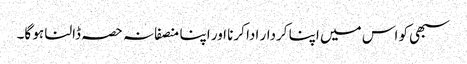
سبھی کو اس میں اپنا کردار ادا کرنا اور اپنا منصفانہ حصہ ڈالنا ہو گا۔